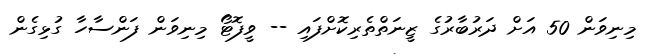
މިނިވަން 50 އަށް ދަރުބާރުގެ ޒީނަތްތެރިކޮށްފައި -- ވީފޮޓޯ މިނިވަން ފަންސާހާ ގުޅިގެން